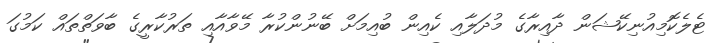
ޓެލެކޮމިއުނިކޭޝަން ދާއިރާގެ މުދަލާއި ކެއިން ބުއިމަށް ބޭނުންކުރާ މޭވާއާއި ތަރުކާރީގެ ބާވަތްތައް ކަމުގަ